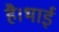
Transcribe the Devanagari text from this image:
है।भाई